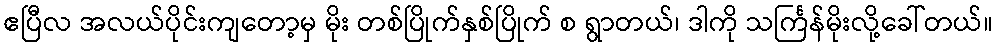
ဧပြီလ အလယ်ပိုင်းကျတော့မှ မိုး တစ်ပြိုက်နှစ်ပြိုက် စ ရွာတယ်၊ ဒါကို သင်္ကြန်မိုးလို့ခေါ်တယ်။